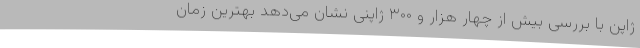
ژاپن با بررسی بیش از چهار هزار و ۳۰۰ ژاپنی نشان می‌دهد بهترین زمان